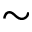
\sim